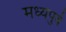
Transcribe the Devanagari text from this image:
मध्यपुर्वे